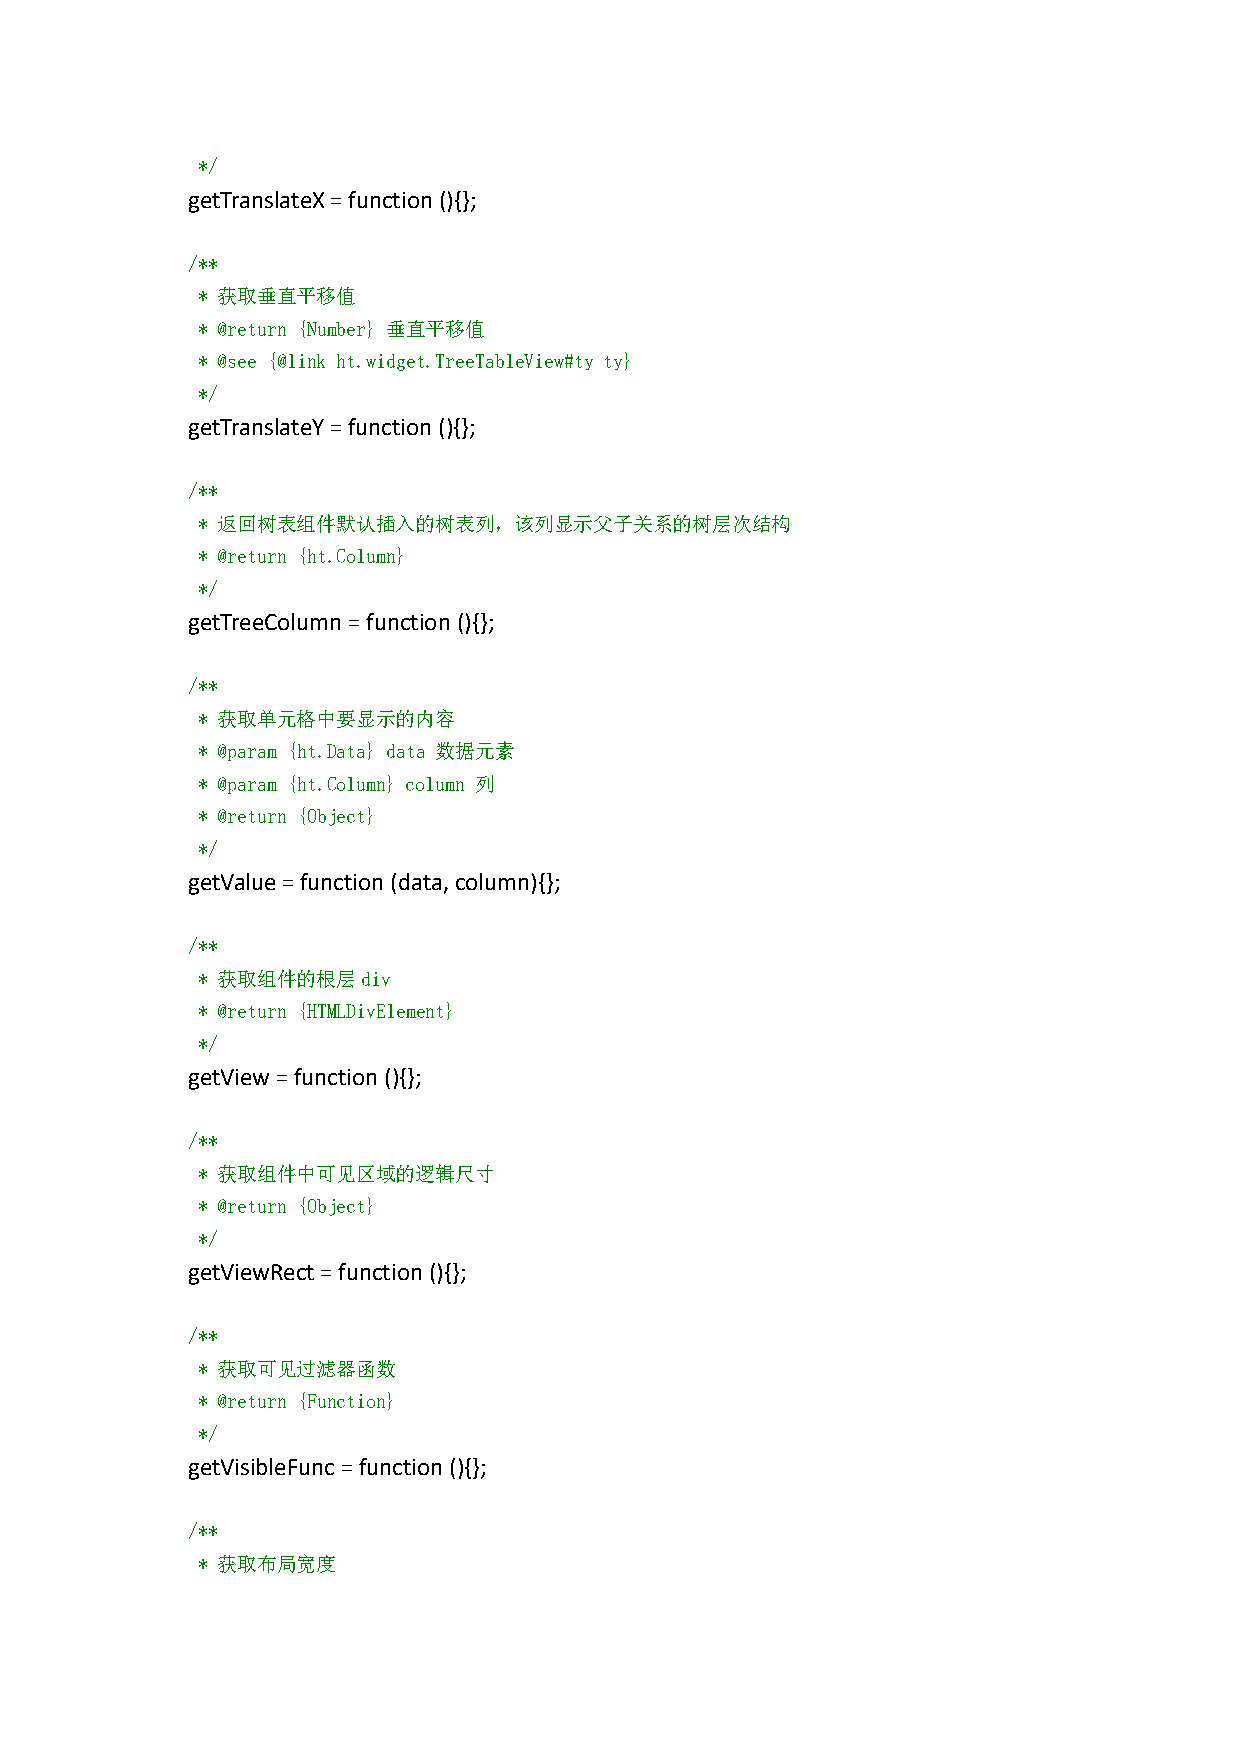
*/
 getTranslateX=function(){};
 /**
 * 获取垂直平移值
 * @return {Number} 垂直平移值
 * @see {@link ht.widget.TreeTableView#ty ty}
 */
 getTranslateY=function(){};
 /**
 * 返回树表组件默认插入的树表列，该列显示父子关系的树层次结构
 * @return {ht.Column}
 */
 getTreeColumn=function(){};
 /**
 * 获取单元格中要显示的内容
 * @param {ht.Data} data 数据元素
 * @param {ht.Column} column 列
 * @return {Object}
 */
 getValue=function(data,column){};
 /**
 * 获取组件的根层div
 * @return {HTMLDivElement}
 */
 getView=function(){};
 /**
 * 获取组件中可见区域的逻辑尺寸
 * @return {Object}
 */
 getViewRect=function(){};
 /**
 * 获取可见过滤器函数
 * @return {Function}
 */
 getVisibleFunc=function(){};
 /**
 * 获取布局宽度